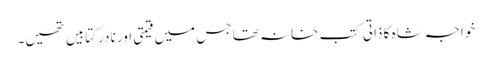
خواجہ شاہ کا ذاتی کتب خانہ تھا جس میں قیمتی اور نادر کتابیں تھیں۔